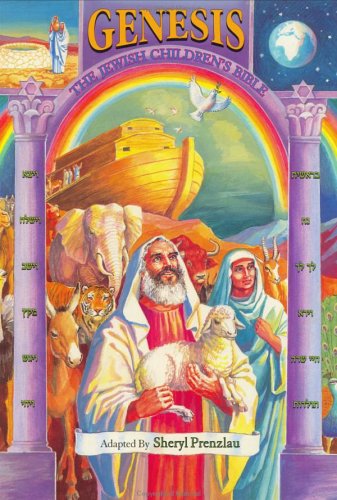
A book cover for The Jewish Children's Bible: Genesis; Sheryl Prenzlau; Children's Books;